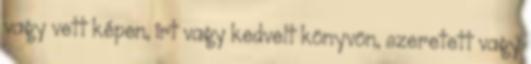
vagy vett képen, írt vagy kedvelt könyvön, szeretett vagy